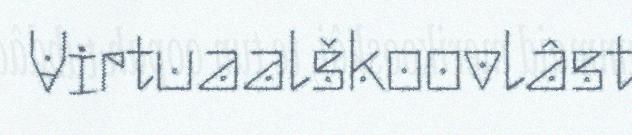
Virtuaalškoovlâst